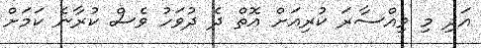
އަދި މި ވިއްސާރަ ކުރިއަށް އޮތް ދެ ދުވަހު ވެސް ކުރާނެ ކަމަށް